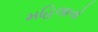
મહિલાનો